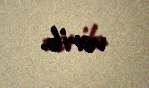
verib.